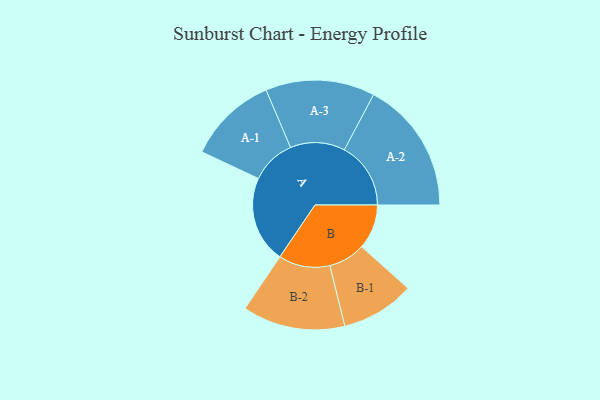
{"axis": {"x": "Segment", "y": "Value"}, "legend": ["", "A", "B"], "data": [{"x": "A", "y": 316, "type": ""}, {"x": "B", "y": 163, "type": ""}, {"x": "A-1", "y": 163, "type": "A"}, {"x": "A-2", "y": 242, "type": "A"}, {"x": "A-3", "y": 199, "type": "A"}, {"x": "B-1", "y": 134, "type": "B"}, {"x": "B-2", "y": 187, "type": "B"}]}